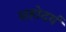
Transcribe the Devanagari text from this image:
सहोदर्य